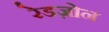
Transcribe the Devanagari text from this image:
रेडज़ोन